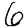
Digit: 6